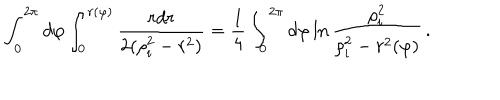
\int _ { 0 } ^ { 2 \pi } d \varphi \int _ { 0 } ^ { r ( \varphi ) } { \frac { r d r } { 2 ( \rho _ { i } ^ { 2 } - r ^ { 2 } ) } } = { \frac { 1 } { 4 } } \int _ { 0 } ^ { 2 \pi } d \varphi \ln { \frac { \rho _ { i } ^ { 2 } } { \rho _ { i } ^ { 2 } - r ^ { 2 } ( \varphi ) } } \, .